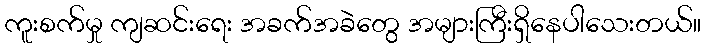
ကူးစက်မှု ကျဆင်းရေး အခက်အခဲတွေ အများကြီးရှိနေပါသေးတယ်။